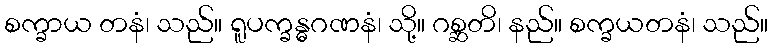
စက္ခာယ တနံ၊ သည်။ ရူပက္ခန္ဓဂဏနံ၊ သို့။ ဂစ္ဆတိ၊ နည်။ စက္ခယတနံ၊ သည်။